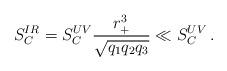
LaTeX: \begin{align*}S_C^{IR} = S_C^{UV} \frac{r_+^3}{\sqrt{q_1q_2q_3}}\ll S_C^{UV}\,.\end{align*}